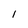
Character: l